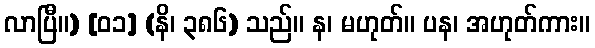
လာပြီ။) [၀၁] (နိ၊ ၃၈၆) သည်။ န၊ မဟုတ်။ ပန၊ အဟုတ်ကား။